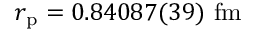
r _ { \mathrm { p } } = 0 . 8 4 0 8 7 ( 3 9 ) \ \mathrm { f m }